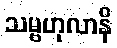
သမ္ဗဟုလာနိ